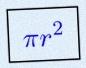
\pi r^2